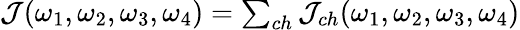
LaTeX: \begin{array}{r}{\mathcal{J}(\omega_{1},\omega_{2},\omega_{3},\omega_{4})=\sum_{ch}\mathcal{J}_{ch}(\omega_{1},\omega_{2},\omega_{3},\omega_{4})}\end{array}